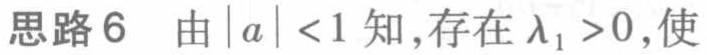
思路6 由\(|a| < 1\)知,存在\(\lambda_1 > 0\),使